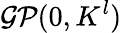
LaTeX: \mathcal{GP}(0,K^{l})